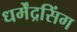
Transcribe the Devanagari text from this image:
धर्मेंद्रसिंग